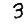
Digit: 3